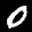
Label: 0